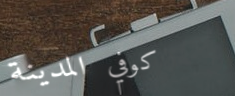
كوفي المدينة